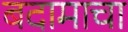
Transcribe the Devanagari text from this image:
बदामाचा